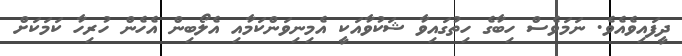
ދީފައިވެއެވެ. ނަމަވެސް ހިބާގެ ހިތުގައިވާ ޝަކުވާއަކީ އެމިނިވަންކަމާއި އެލޯބިން އެހެން ހުރިހާ ކަމަކަށް